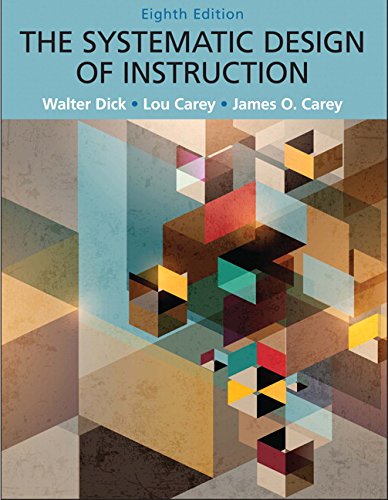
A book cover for Systematic Design of Instruction, The, Pearson eText with Loose-Leaf Version -- Access Card Package (8th Edition); Walter Dick; Education & Teaching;